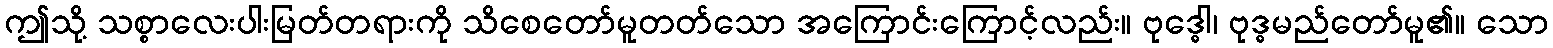
ဤသို့ သစ္စာလေးပါးမြတ်တရားကို သိစေတော်မူတတ်သော အကြောင်းကြောင့်လည်း။ ဗုဒ္ဓေါ၊ ဗုဒ္ဓမည်တော်မူ၏။ သော